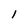
Character: I